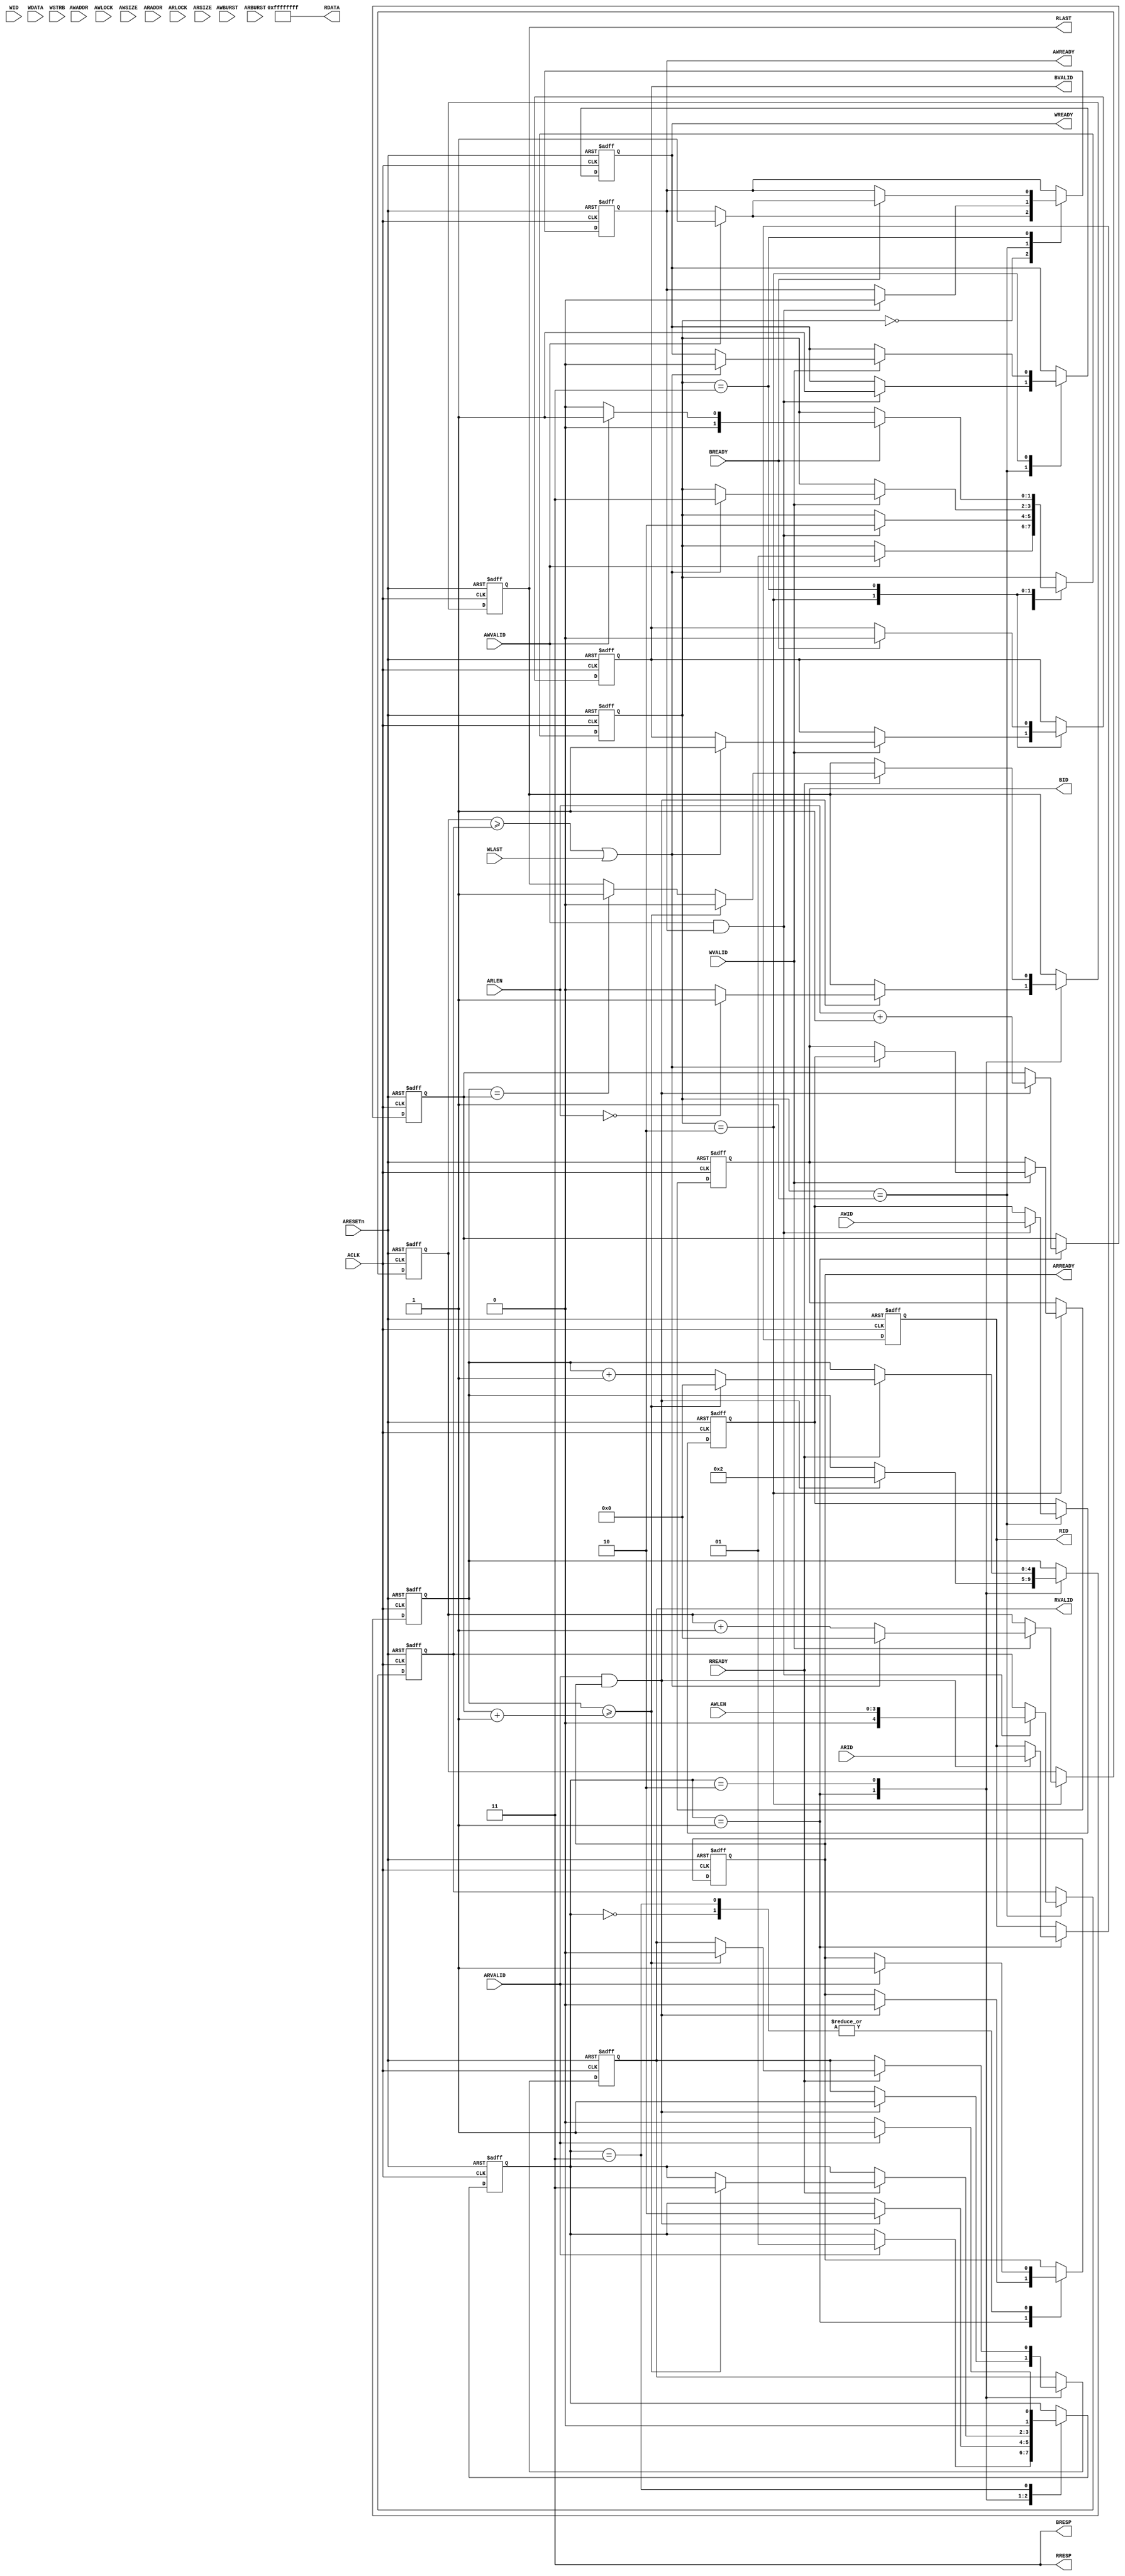
//----------------------------------------------------------------
//  Copyright (c) 2010 by Ando Ki.
//  All right reserved.
//  http://www.dynalith.com
//  All rights are reserved by Ando Ki.
//  Do not use in any means or/and methods without Ando Ki's permission.
//----------------------------------------------------------------
// axi_slave_default.v
//----------------------------------------------------------------
// VERSION: 2010.12.30.
//----------------------------------------------------------------
`timescale 1ns/1ns

module axi_slave_default
   // synopsys translate_off
   `protect
   // synopsys translate_on
     #(parameter WIDTH_CID=4        // Channel ID width in bits
               , WIDTH_ID=4         // ID width in bits
               , WIDTH_AD=32        // address width
               , WIDTH_DA=32        // data width
               , WIDTH_DS=WIDTH_DA/8  // data strobe width
               , WIDTH_SID=WIDTH_CID+WIDTH_ID
      )
(
       input  wire                 ARESETn
     , input  wire                 ACLK
     , input  wire [WIDTH_SID-1:0] AWID
     , input  wire [WIDTH_AD-1:0]  AWADDR
     `ifdef AMBA_AXI4
     , input  wire [ 7:0]          AWLEN
     , input  wire                 AWLOCK
     `else
     , input  wire [ 3:0]          AWLEN
     , input  wire [ 1:0]          AWLOCK
     `endif
     , input  wire [ 2:0]          AWSIZE
     , input  wire [ 1:0]          AWBURST
     `ifdef AMBA_AXI_CACHE
     , input  wire [ 3:0]          AWCACHE
     `endif
     `ifdef AMBA_AXI_PROT
     , input  wire [ 2:0]          AWPROT
     `endif
     , input  wire                 AWVALID
     , output reg                  AWREADY
     `ifdef AMBA_AXI4
     , input  wire [ 3:0]          AWQOS
     , input  wire [ 3:0]          AWREGION
     `endif
     , input  wire [WIDTH_SID-1:0] WID
     , input  wire [WIDTH_DA-1:0]  WDATA
     , input  wire [WIDTH_DS-1:0]  WSTRB
     , input  wire                 WLAST
     , input  wire                 WVALID
     , output reg                  WREADY
     , output reg  [WIDTH_SID-1:0] BID
     , output wire [ 1:0]          BRESP
     , output reg                  BVALID
     , input  wire                 BREADY
     , input  wire [WIDTH_SID-1:0] ARID
     , input  wire [WIDTH_AD-1:0]  ARADDR
     `ifdef AMBA_AXI4
     , input  wire [ 7:0]          ARLEN
     , input  wire                 ARLOCK
     `else
     , input  wire [ 3:0]          ARLEN
     , input  wire [ 1:0]          ARLOCK
     `endif
     , input  wire [ 2:0]          ARSIZE
     , input  wire [ 1:0]          ARBURST
     `ifdef AMBA_AXI_CACHE
     , input  wire [ 3:0]          ARCACHE
     `endif
     `ifdef AMBA_AXI_PROT
     , input  wire [ 2:0]          ARPROT
     `endif
     , input  wire                 ARVALID
     , output reg                  ARREADY
     `ifdef AMBA_AXI4
     , input  wire [ 3:0]          ARQOS
     , input  wire [ 3:0]          ARREGION
     `endif
     , output reg  [WIDTH_SID-1:0] RID
     , output wire [WIDTH_DA-1:0]  RDATA
     , output wire [ 1:0]          RRESP
     , output reg                  RLAST
     , output reg                  RVALID
     , input  wire                 RREADY
);
     //-----------------------------------------------------------
     // write case
     //-----------------------------------------------------------
     assign BRESP = 2'b11; // DECERR: decode error
     reg [WIDTH_SID-1:0] awid_reg;
     `ifdef AMBA_AXI4
     reg [8:0] countW, awlen_reg;
     `else
     reg [4:0] countW, awlen_reg;
     `endif
     //-----------------------------------------------------------
     reg [1:0] stateW;
     localparam STW_IDLE   = 'h0,
                STW_RUN    = 'h1,
                STW_WAIT   = 'h2,
                STW_RSP    = 'h3;
     always @ (posedge ACLK or negedge ARESETn) begin
         if (ARESETn==1'b0) begin
             AWREADY   <= 1'b0;
             WREADY    <= 1'b0;
             BID       <=  'h0;
             BVALID    <= 1'b0;
             countW    <=  'h0;
             awlen_reg <=  'h0;
             awid_reg  <=  'h0;
             stateW    <= STW_IDLE;
         end else begin
             case (stateW)
             STW_IDLE: begin
                 if (AWVALID==1'b1) begin
                     AWREADY <= 1'b1;
                     stateW  <= STW_RUN;
                 end
                 end // STW_IDLE
             STW_RUN: begin
                 if ((AWVALID==1'b1)&&(AWREADY==1'b1)) begin
                      AWREADY   <= 1'b0;
                      WREADY    <= 1'b1;
                      awlen_reg <= {1'b0,AWLEN};
                      awid_reg  <= AWID;
                      stateW    <= STW_WAIT;
                 end else begin
                 end
                 end // STW_IDLE
             STW_WAIT: begin
                 if (WVALID==1'b1) begin
                     if ((countW>=awlen_reg)||(WLAST==1'b1)) begin
                         BID    <= awid_reg;
                         BVALID <= 1'b1;
                         WREADY <= 1'b0;
                         countW <= 'h0;
                         stateW <= STW_RSP;
                         // synopsys translate_off
                         if (WLAST==1'b0) begin
                             $display($time,,"%m Error expecting WLAST");
                         end
                         // synopsys translate_on
                     end else begin
                         countW <= countW + 1;
                     end
                 end
                 // synopsys translate_off
                 if ((WVALID==1'b1)&&(WID!=awid_reg)) begin
                     $display($time,,"%m Error AWID(0x%x):WID(0x%x) mismatch", awid_reg, WID);
                 end
                 // synopsys translate_on
                 end // STW_WAIT
             STW_RSP: begin
                 if (BREADY==1'b1) begin
                     BVALID  <= 1'b0;
                     if (AWVALID==1'b1) begin
                         AWREADY <= 1'b1;
                         stateW  <= STW_RUN;
                     end else begin
                         stateW  <= STW_IDLE;
                     end
                 end
                 end // STW_RSP
             endcase
         end
     end
     //-----------------------------------------------------------
     // read case
     //-----------------------------------------------------------
     assign RRESP = 2'b11; // DECERR; decode error
     assign RDATA = ~'h0;
     reg [WIDTH_SID-1:0] arid_reg;
     `ifdef AMBA_AXI4
     reg [8:0] countR, arlen_reg;
     `else
     reg [4:0] countR, arlen_reg;
     `endif
     //-----------------------------------------------------------
     reg [1:0] stateR;
     localparam STR_IDLE   = 'h0,
                STR_RUN    = 'h1,
                STR_WAIT   = 'h2,
                STR_END    = 'h3;
     always @ (posedge ACLK or negedge ARESETn) begin
         if (ARESETn==1'b0) begin
             ARREADY   <= 1'b0;
             RID       <=  'h0;
             RLAST     <= 1'b0;
             RVALID    <= 1'b0;
             arid_reg  <=  'h0;
             arlen_reg <=  'h0;
             countR    <=  'h0;
             stateR    <= STR_IDLE;
         end else begin
             case (stateR)
             STR_IDLE: begin
                 if (ARVALID==1'b1) begin
                      ARREADY   <= 1'b1;
                      stateR    <= STR_RUN;
                 end
                 end // STR_IDLE
             STR_RUN: begin
                 if ((ARVALID==1'b1)&&(ARREADY==1'b1)) begin
                      ARREADY   <= 1'b0;
                      arlen_reg <= ARLEN+1;
                      arid_reg  <= ARID;
                      RID       <= ARID;
                      RVALID    <= 1'b1;
                      RLAST     <= (ARLEN=='h0) ? 1'b1 : 1'b0;
                      countR    <=  'h2;
                      stateR    <= STR_WAIT;
                 end
                 end // STR_IDLE
             STR_WAIT: begin
                 if (RREADY==1'b1) begin
                     if (countR>=(arlen_reg+1)) begin
                         RVALID  <= 1'b0;
                         RLAST   <= 1'b0;
                         countR  <= 'h0;
                         stateR  <= STR_END;
                     end else begin
                         if (countR==arlen_reg) RLAST  <= 1'b1;
                         countR <= countR + 1;
                     end
                 end
                 end // STR_WAIT
             STR_END: begin
                 if (ARVALID==1'b1) begin
                      ARREADY   <= 1'b1;
                      stateR    <= STR_RUN;
                 end else begin
                      stateR    <= STR_IDLE;
                 end
                 end // STR_END
             endcase
         end
     end
     //-----------------------------------------------------------
   // synopsys translate_off
   `endprotect
   // synopsys translate_on
endmodule

//----------------------------------------------------------------
// Revision History
//
// 2010.12.30: Started by Ando Ki (adki@dynalith.com)
//----------------------------------------------------------------